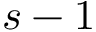
s - 1